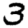
Digit: 3